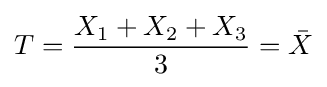
T={\frac {X_{1}+X_{2}+X_{3}}{3}}={\bar {X}}